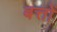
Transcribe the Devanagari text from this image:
बत्तों